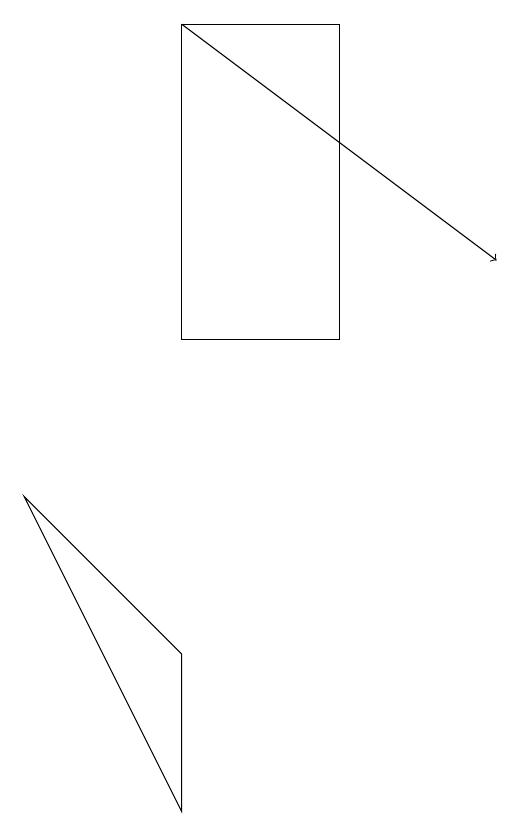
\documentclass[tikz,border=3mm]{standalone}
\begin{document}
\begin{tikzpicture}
\draw (5,11) rectangle (3,15);
\draw (1,9) -- (3,7) -- (3,5) -- cycle;
\draw[->] (3,15) -- (7,12);
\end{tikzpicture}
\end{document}